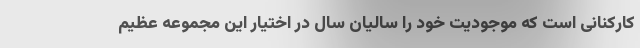
کارکنانی است که موجودیت خود را سالیان سال در اختیار این مجموعه عظیم